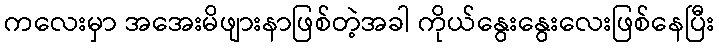
ကလေးမှာ အအေးမိဖျားနာဖြစ်တဲ့အခါ ကိုယ်နွေးနွေးလေးဖြစ်နေပြီး